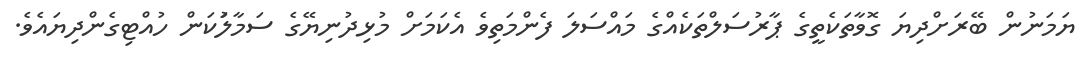
ޔަމަނުން ބޭރަށްދިޔަ ގޮވާތަކެތީގެ ޕާރުސަލްތަކެއްގެ މައްސަލަ ފެންމަތިވެ އެކަމަށް މުޅިދުނިޔޭގެ ސަމާލަުކަން ހުއްޓިގެންދިޔައެވެ.